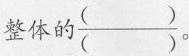
整体的\frac{( )}{( )}。